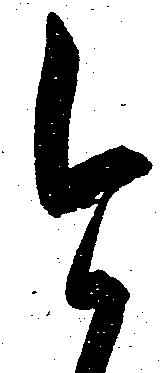
今